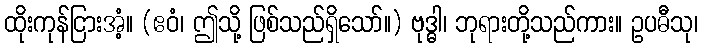
ထိုးကုန်ငြားအံ့။ (ဧဝံ၊ ဤသို့ ဖြစ်သည်ရှိသော်။) ဗုဒ္ဓါ၊ ဘုရားတို့သည်ကား။ ဥပဓီသု၊